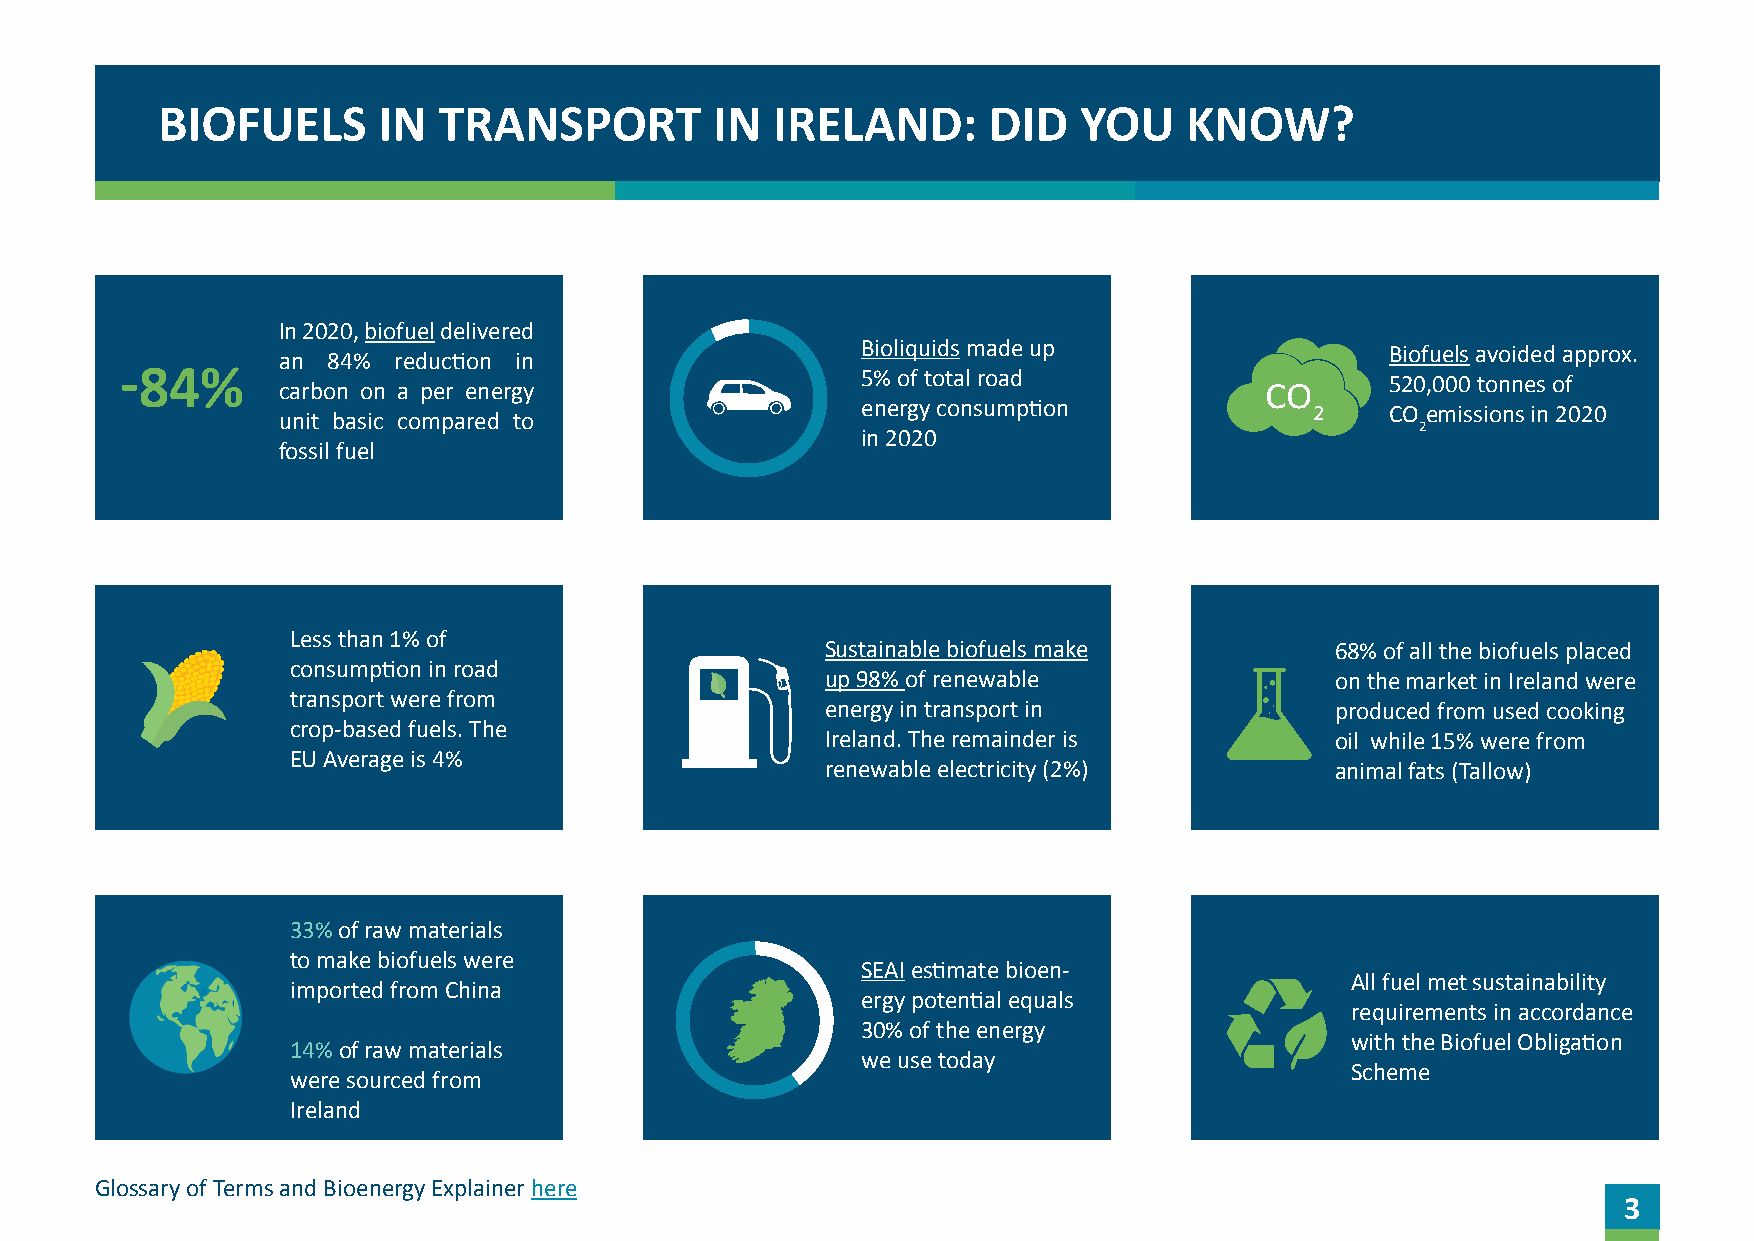
BIOFUELS       IN  TRANSPORT         IN  IRELAND:      DID    YOU    KNOW?
 In 2020, biofuel delivered
 Bioliquids made up
 Biofuels avoided approx.
 an  84% reduction in
 -84%                                             5% of total road
 carbon on a per energy                                            CO      520,000 tonnes of
 energy consumption
 2    CO emissions in 2020
 unit basic compared to
 2
 in 2020
 fossil fuel
 Less than 1% of
 Sustainable biofuels make        68% of all the biofuels placed
 consumption in road
 up 98% of renewable              on the market in Ireland were
 transport were from
 energy in transport in           produced from used cooking
 crop-based fuels. The
 Ireland. The remainder is        oil while 15% were from
 EU Average is 4%
 renewable electricity (2%)       animal fats (Tallow)
 33% of raw materials
 to make biofuels were
 SEAI estimate bioen-
 All fuel met sustainability
 imported from China
 ergy potential equals
 requirements in accordance
 30% of the energy
 with the Biofuel Obligation
 14% of raw materials
 we use today
 Scheme
 were sourced from
 Ireland
 Glossary of Terms and Bioenergy Explainer here
 3